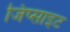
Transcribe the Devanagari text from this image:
जिप्साइट